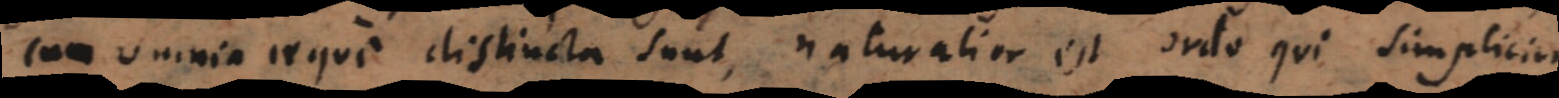
cum omnia aeque distincta sunt, naturalior est ordo qui simplicior